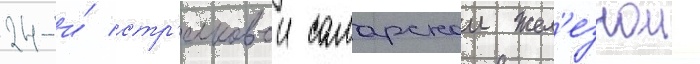
24-и́ стр'елковои самарскои жел'езнои